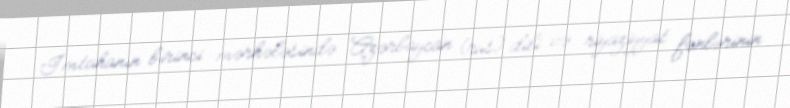
İmtahanın birinci mərhələsində Azərbaycan (rus) dili və riyaziyyat fənlərinin